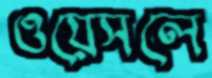
ওয়েসলে